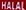
HALAL